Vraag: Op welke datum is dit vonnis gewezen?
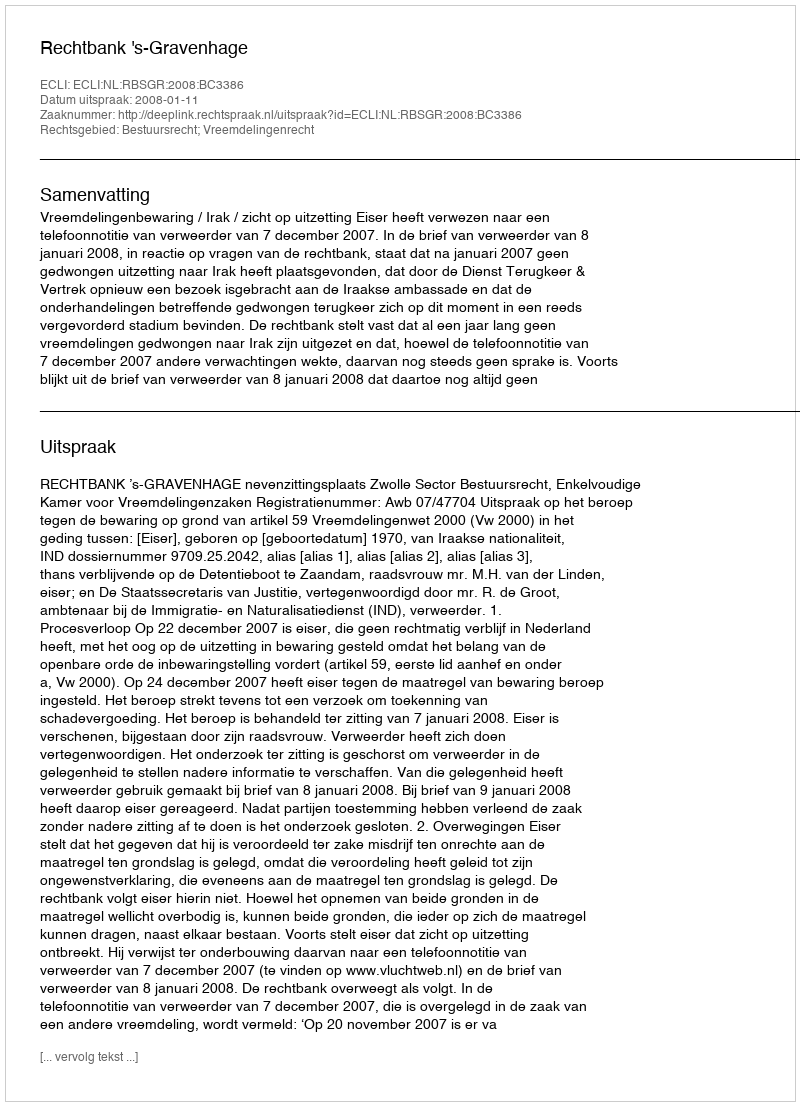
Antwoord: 2008-01-11